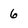
Character: 6